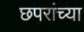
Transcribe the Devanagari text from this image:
छपरांच्या